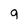
Character: 9